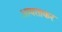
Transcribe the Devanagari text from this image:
आयताकर